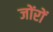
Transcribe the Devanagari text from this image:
जोंरों